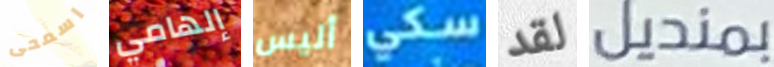
اسمحى إلهامي أليس سكي لقد بمنديل